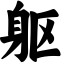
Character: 躯